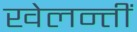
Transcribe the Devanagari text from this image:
खेलन्तीं